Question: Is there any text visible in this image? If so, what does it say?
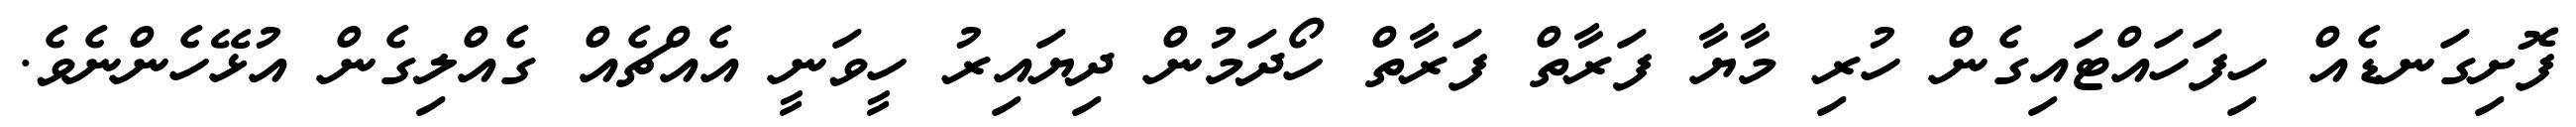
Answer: ފޮށިގަނޑެއް ހިފަހައްޓައިގެން ހުރި މާޔާ ފަރާތް ފަރާތް ހޯދަމުން ދިޔައިރު ހީވަނީ އެއްޗެއް ގެއްލިގެން އުޅޭހެންނެވެ.